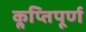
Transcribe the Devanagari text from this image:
कॢप्तिपूर्ण